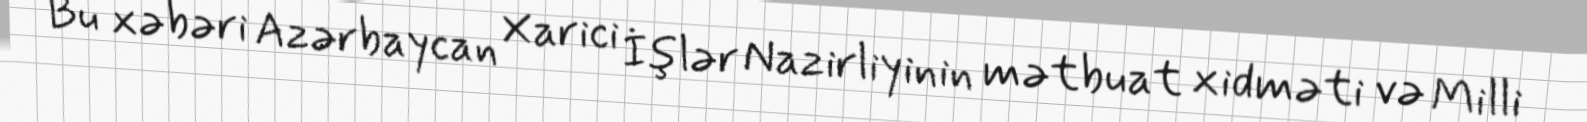
Bu xəbəri Azərbaycan Xarici İşlər Nazirliyinin mətbuat xidməti və Milli